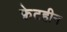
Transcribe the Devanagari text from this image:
फ़्रेटहीन